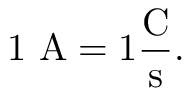
\mathrm { { 1 \ A = 1 { \frac { C } { s } } . } }